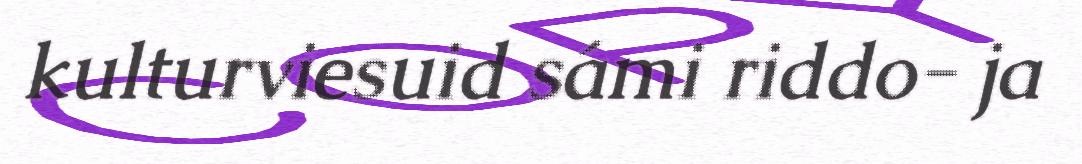
kulturviesuid sámi riddo- ja